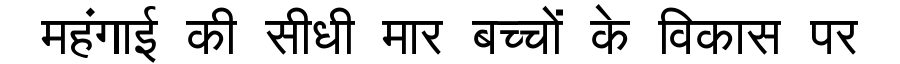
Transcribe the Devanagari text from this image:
महंगाई की सीधी मार बच्चों के विकास पर